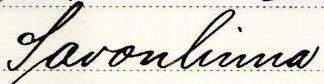
Savonlinna